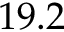
1 9 . 2